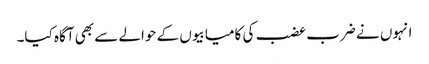
انہوں نے ضرب عضب کی کامیابیوں کے حوالے سے بھی آگاہ کیا۔